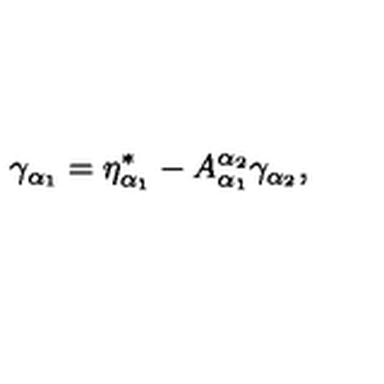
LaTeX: \gamma _ { \alpha _ { 1 } } = \eta _ { \alpha _ { 1 } } ^ { * } - A _ { \alpha _ { 1 } } ^ { \alpha _ { 2 } } \gamma _ { \alpha _ { 2 } } ,